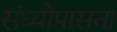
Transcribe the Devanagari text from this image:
संध्योपासना